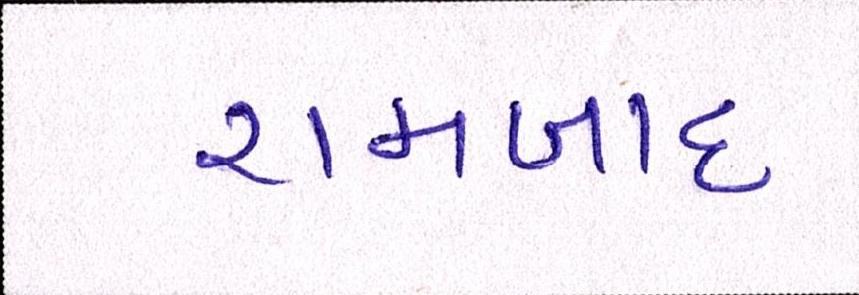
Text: રામબાદ